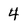
Character: 4